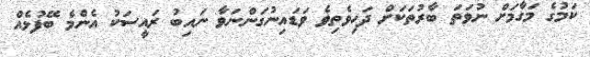
ކަމުގެ މަގާމަށް ނުވަތަ ބާރުތަކަށް ދަހިވެތިވެ ވަޑައިނުގަންނަވާ ނައިބު ރައީސަކު އެންމެ ބޭފުޅެއް